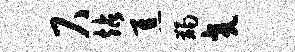
尺站焦蠲交